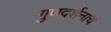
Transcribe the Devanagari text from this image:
गुणदर्शनाचे